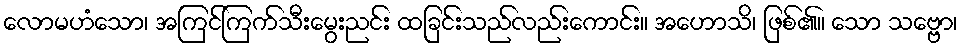
လောမဟံသော၊ အကြင်ကြက်သီးမွေးညင်း ထခြင်းသည်လည်းကောင်း။ အဟောသိ၊ ဖြစ်၏။ သော သဗ္ဗော၊